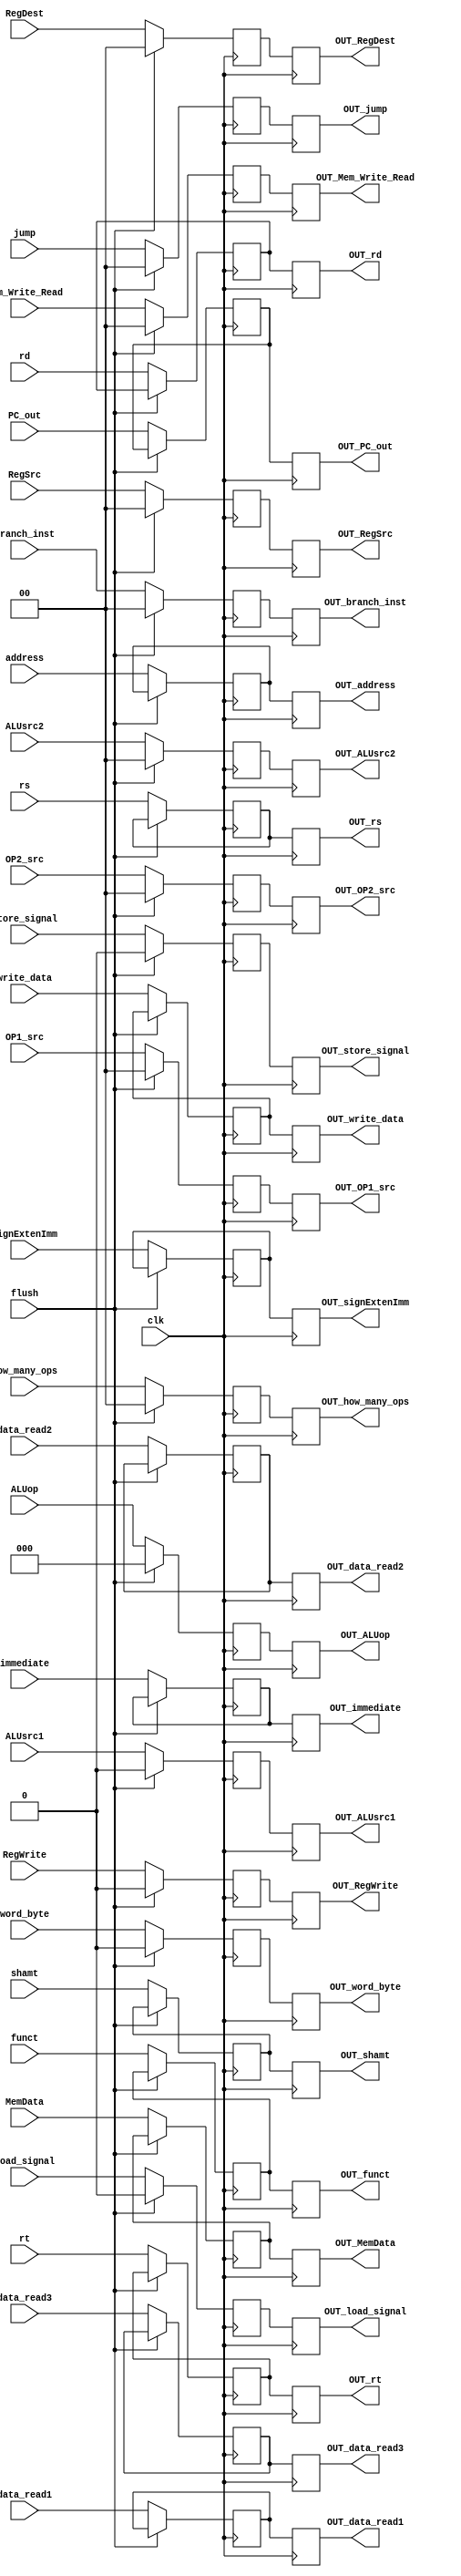
module ID_EX_Reg(flush,clk,
//inputs
ALUop, RegWrite,branch_inst, RegDest, ALUsrc1,ALUsrc2,jump,RegSrc,word_byte,Mem_Write_Read,MemData, data_read1,data_read2,data_read3, signExtenImm,PC_out, rs,rt,rd,funct,shamt,address,immediate,how_many_ops,OP1_src, OP2_src,load_signal,store_signal,write_data,
//outputs
OUT_ALUop,OUT_RegWrite,OUT_branch_inst,OUT_RegDest,OUT_ALUsrc1,OUT_ALUsrc2,OUT_jump,OUT_RegSrc,OUT_word_byte,OUT_Mem_Write_Read,OUT_MemData,OUT_data_read1,OUT_data_read2,OUT_data_read3,OUT_signExtenImm,OUT_PC_out,OUT_rs,OUT_rt,OUT_rd,OUT_funct,OUT_shamt,OUT_address,OUT_immediate,OUT_how_many_ops,OUT_OP1_src, OUT_OP2_src,OUT_load_signal,OUT_store_signal,OUT_write_data
);
//inputs
input clk,flush;
input [2:0] ALUop;
input [1:0] RegDest, ALUsrc2,jump,branch_inst,RegSrc,Mem_Write_Read,how_many_ops,OP1_src, OP2_src;
input RegWrite,ALUsrc1,word_byte,MemData,load_signal,store_signal;
input [31:0] data_read1,data_read2,data_read3,signExtenImm,PC_out,write_data;
input [4:0] rs,rt,rd,shamt;
input [5:0] funct;
input [26:0] address;
input [15:0] immediate;
//outputs
output reg [2:0] OUT_ALUop;
output reg [1:0] OUT_RegDest,OUT_ALUsrc2,OUT_jump,OUT_branch_inst,OUT_RegSrc,OUT_Mem_Write_Read, OUT_how_many_ops,OUT_OP1_src, OUT_OP2_src;
output reg OUT_RegWrite,OUT_ALUsrc1,OUT_word_byte,OUT_MemData,OUT_load_signal,OUT_store_signal;
output reg [31:0] OUT_data_read1,OUT_data_read2,OUT_data_read3,OUT_signExtenImm,OUT_PC_out,OUT_write_data;
output reg [4:0] OUT_rs,OUT_rt,OUT_rd,OUT_shamt;
output reg [5:0] OUT_funct;
output reg [26:0] OUT_address;
output reg [15:0] OUT_immediate;
//temps
reg [2:0] TEMP_ALUop;
reg [1:0] TEMP_RegDest,TEMP_ALUsrc2,TEMP_jump,TEMP_branch_inst,TEMP_RegSrc,TEMP_Mem_Write_Read, TEMP_how_many_ops,TEMP_OP1_src, TEMP_OP2_src;
reg TEMP_RegWrite,TEMP_ALUsrc1,TEMP_word_byte,TEMP_MemData,TEMP_load_signal,TEMP_store_signal;
reg [31:0] TEMP_data_read1,TEMP_data_read2,TEMP_data_read3,TEMP_signExtenImm,TEMP_PC_out,TEMP_write_data;
reg [4:0] TEMP_rs,TEMP_rt,TEMP_rd,TEMP_shamt;
reg [5:0] TEMP_funct;
reg [26:0] TEMP_address;
reg [15:0] TEMP_immediate;
always @(posedge clk) begin
OUT_ALUop <= TEMP_ALUop;
OUT_RegWrite <= TEMP_RegWrite;
OUT_branch_inst <= TEMP_branch_inst;
OUT_RegDest <= TEMP_RegDest;
OUT_ALUsrc1 <= TEMP_ALUsrc1;
OUT_ALUsrc2 <= TEMP_ALUsrc2;
OUT_jump <= TEMP_jump;
OUT_RegSrc <= TEMP_RegSrc;
OUT_word_byte <= TEMP_word_byte;
OUT_Mem_Write_Read <= TEMP_Mem_Write_Read;
OUT_MemData <= TEMP_MemData;
OUT_data_read1 <= TEMP_data_read1;
OUT_data_read2 <= TEMP_data_read2;
OUT_data_read3 <= TEMP_data_read3;
OUT_signExtenImm <= TEMP_signExtenImm;
OUT_PC_out <= TEMP_PC_out;
OUT_rs <= TEMP_rs;
OUT_rt <= TEMP_rt;
OUT_rd <= TEMP_rd;
OUT_funct <= TEMP_funct;
OUT_shamt <= TEMP_shamt;
OUT_address <= TEMP_address;
OUT_immediate <= TEMP_immediate;
OUT_how_many_ops <= TEMP_how_many_ops;
OUT_OP1_src <= TEMP_OP1_src;
OUT_OP2_src <= TEMP_OP2_src;
OUT_load_signal <= TEMP_load_signal;
OUT_store_signal <= TEMP_store_signal;
OUT_write_data <= TEMP_write_data;
end

always @(negedge clk) begin
#1
if (flush == 1'b0) begin
TEMP_ALUop <= ALUop;
TEMP_RegWrite <= RegWrite;
TEMP_branch_inst <= branch_inst;
TEMP_RegDest <= RegDest;
TEMP_ALUsrc1 <= ALUsrc1;
TEMP_ALUsrc2 <= ALUsrc2;
TEMP_jump <= jump;
TEMP_RegSrc <= RegSrc;
TEMP_word_byte <= word_byte;
TEMP_Mem_Write_Read <= Mem_Write_Read;
TEMP_MemData <= MemData;
TEMP_data_read1 <= data_read1;
TEMP_data_read2 <= data_read2;
TEMP_data_read3 <= data_read3;
TEMP_signExtenImm <= signExtenImm;
TEMP_PC_out <= PC_out;
TEMP_rs <= rs;
TEMP_rt <= rt;
TEMP_rd <= rd;
TEMP_funct <= funct;
TEMP_shamt <= shamt;
TEMP_address <= address;
TEMP_immediate <= immediate;
TEMP_how_many_ops <= how_many_ops;
TEMP_OP1_src <= OP1_src;
TEMP_OP2_src <= OP2_src;
TEMP_load_signal <= load_signal;
TEMP_store_signal <= store_signal;
TEMP_write_data <= write_data;
end
else begin
TEMP_ALUop <= 'd0;
TEMP_RegWrite <= 'd0;
TEMP_branch_inst <= 'd0;
TEMP_RegDest <= 'd0;
TEMP_ALUsrc1 <= 'd0;
TEMP_ALUsrc2 <= 'd0;
TEMP_jump <= 'd0;
TEMP_RegSrc <= 'd0;
TEMP_word_byte <= 'd0;
TEMP_Mem_Write_Read <= 'd0;
TEMP_how_many_ops <= 'd0;
TEMP_OP1_src <= 'd0;
TEMP_OP2_src <= 'd0;
TEMP_load_signal <= 'd0;
TEMP_store_signal <= 'd0;
end
end
endmodule